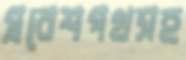
প্রবেশপথসহ